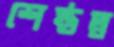
শেষ্ঠত্ব